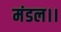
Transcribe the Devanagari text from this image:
मंडल।।